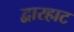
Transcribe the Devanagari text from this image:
द्वारहाट